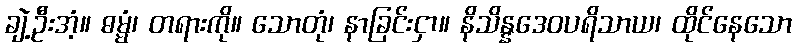
ချဲ့ဦးအံ့။ ဓမ္မံ၊ တရားကို။ သောတုံ၊ နာခြင်းငှာ။ နိသိန္နဒေဝပရိသာယ၊ ထိုင်နေသော